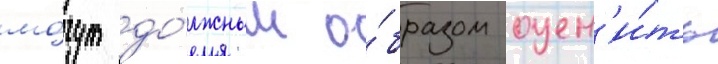
мо́гут до́лжным о́бразом оцен'и́ть